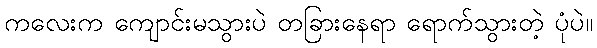
ကလေးက ကျောင်းမသွားပဲ တခြားနေရာ ရောက်သွားတဲ့ ပုံပဲ။